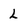
Character: L